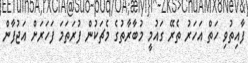
ފާއިތުވި ހަތް އަހަރު ތެރޭ ގައުމީ މުބާރާތުގެ މެޗަކުން ފުރަތަމަ ފަހަރަށް އަޖުފާން